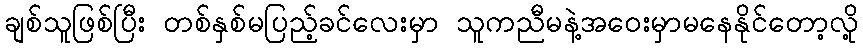
ချစ်သူဖြစ်ပြီး တစ်နှစ်မပြည့်ခင်လေးမှာ သူကညီမနဲ့အဝေးမှာမနေနိုင်တော့လို့